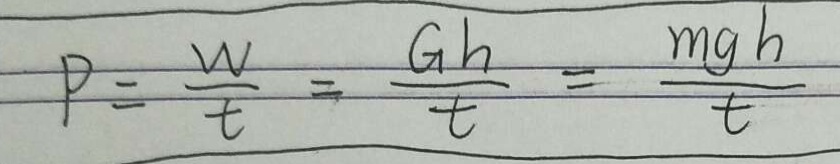
P = \frac { W } { t } = \frac { G h } { t } = \frac { m g h } { t }